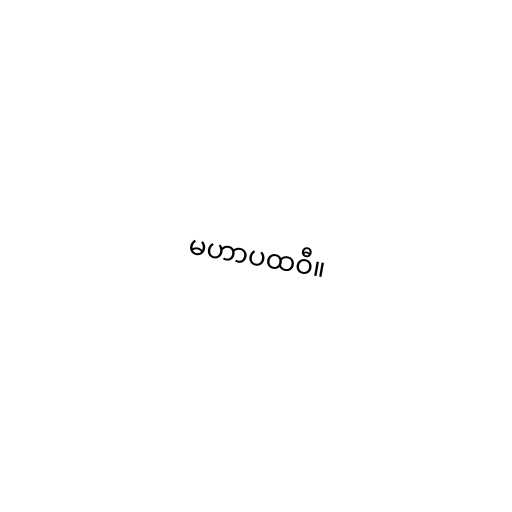
မဟာပထဝီ။